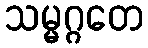
သမ္မဂ္ဂတေ